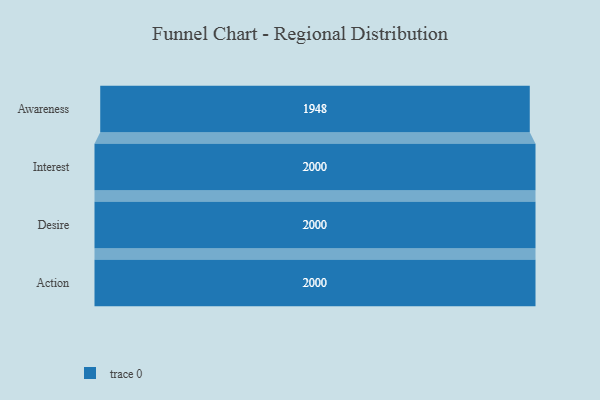
{"axis": {"x": "Stage", "y": "Value"}, "legend": [""], "data": [{"x": "Awareness", "y": 1948.0, "type": ""}, {"x": "Interest", "y": 2000, "type": ""}, {"x": "Desire", "y": 2000, "type": ""}, {"x": "Action", "y": 2000, "type": ""}]}